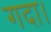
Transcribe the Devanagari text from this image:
गदा।